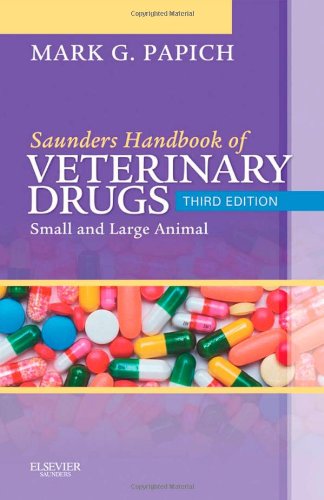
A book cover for Saunders Handbook of Veterinary Drugs: Small and Large Animal, 3e (Handbook of Veterinary Drugs (Saunders)); Mark G. Papich DVM  MS  DACVCP; Medical Books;